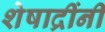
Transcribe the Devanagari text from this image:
शेषाद्रींनी